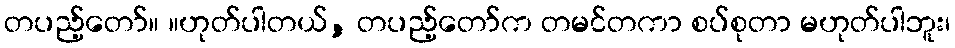
တပည့်တော်။ ။ဟုတ်ပါတယ်, တပည့်တော်က တမင်တကာ စပ်စုတာ မဟုတ်ပါဘူး၊